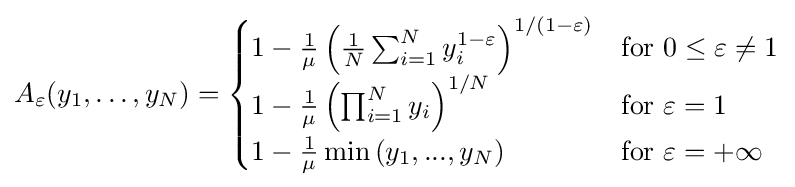
A_{\varepsilon }(y_{1},\ldots ,y_{N})={\begin{cases}1-{\frac {1}{\mu }}\left({\frac {1}{N}}\sum _{i=1}^{N}y_{i}^{1-\varepsilon }\right)^{1/(1-\varepsilon )}&{\mbox{for}}\ 0\leq \varepsilon \neq 1\\1-{\frac {1}{\mu }}\left(\prod _{i=1}^{N}y_{i}\right)^{1/N}&{\mbox{for}}\ \varepsilon =1\\1-{\frac {1}{\mu }}\min \left(y_{1},...,y_{N}\right)&{\mbox{for}}\ \varepsilon =+\infty \end{cases}}